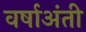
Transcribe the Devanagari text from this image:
वर्षाअंती